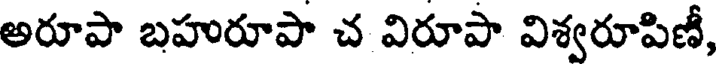
అరూపా బహురూపా చ విరూపా విశ్వరూపిణీ,